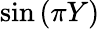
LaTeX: \sin{(\pi Y)}